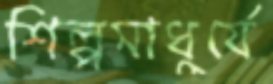
শিল্পমাধুর্যে